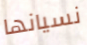
نسيانها